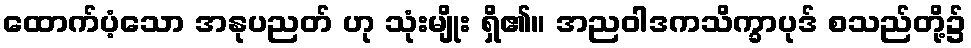
ထောက်ပံ့သော အနုပညတ် ဟု သုံးမျိုး ရှိ၏။ အညဝါဒကသိက္ခာပုဒ် စသည်တို့၌